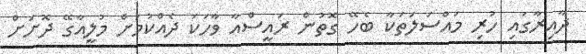
ދާއިރާގައި ހުރި މައްސަލަތަކާ ބެހޭ ގޮތުން ރައީސްއާ ވާހަކަ ދެއްކުމަށް މުލީއާގޭ ދޮށަށް